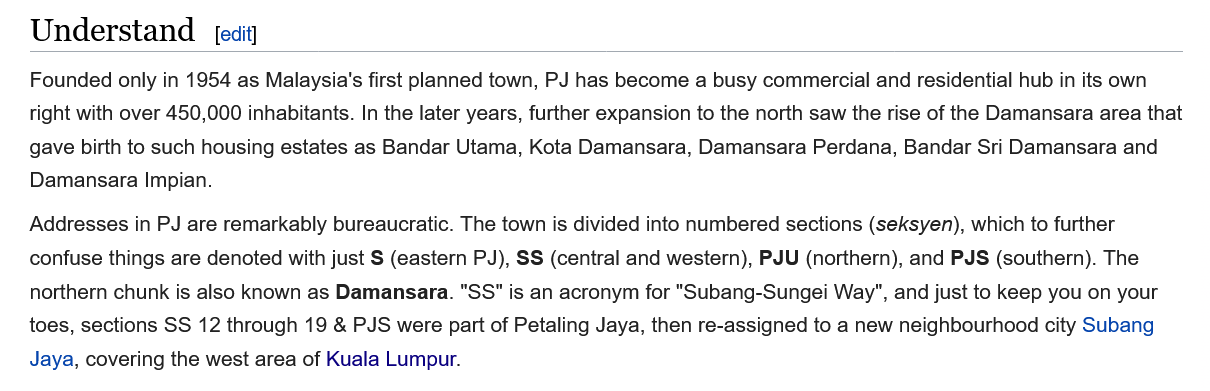
Founded only in 1954 as Malaysia's first planned town, PJ has become a busy commercial and residential hub in its own
   right with over 450,000 inhabitants. In the later years, further expansion to the north saw the rise of the Damansara area that
   gave birth to such housing estates as Bandar Utama, Kota Damansara, Damansara Perdana, Bandar Sri Damansara and
   Damansara  Impian.
   Addresses in PJ are remarkably bureaucratic. The town is divided into numbered sections (seksyen), which to further
   confuse things are denoted with just S (eastern PJ), SS (central and western), PJU (northern), and PJS (southern). The
   northern chunk is also known as Damansara. "SS" is an acronym for "Subang-Sungei Way", and just to keep you on your
   toes, sections SS 12 through 19 & PJS were part of Petaling Jaya, then re-assigned to a new neighbourhood city Subang
   Jaya, covering the west area of Kuala Lumpur.
   Understand    [edit]